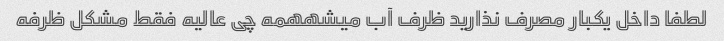
لطفا داخل یکبار مصرف نذارید ظرف آب میشههمه چی عالیه فقط مشکل ظرفه